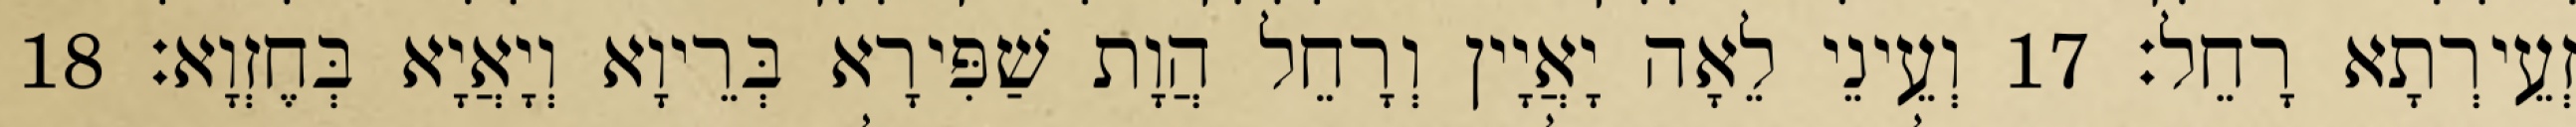
זְעֵירְתָא רָחֵל׃ 17 וְעֵינֵי לֵאָה יָאֲיָין וְרָחֵל הֲוָת שַׁפִּירָא בְּרֵיוָא וְיָאֲיָא בְּחֶזְוָא׃ 18